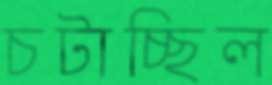
চটাচ্ছিল